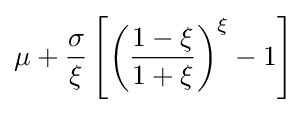
\mu +{\frac {\sigma }{\xi }}\left[\left({\frac {1-\xi }{1+\xi }}\right)^{\xi }-1\right]